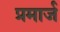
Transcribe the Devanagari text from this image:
प्रमार्ज